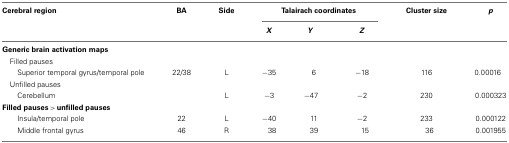
<table><thead><tr><td><b>Cerebral region</b></td><td><b>BA</b></td><td><b>Side</b></td><td colspan="3"><b>Talairach coordinates</b></td><td><b>Cluster size</b></td><td><b><i>p</i></b></td></tr><tr><td></td><td></td><td></td><td><b><i>X</i></b></td><td><b><i>Y</i></b></td><td><b><i>Z</i></b></td><td></td></tr></thead><tbody><tr><td><b>Generic brain activation maps</b></td></tr><tr><td> Filled pauses</td></tr><tr><td>Superior temporal gyrus/temporal pole</td><td>22/38</td><td>L</td><td>−35</td><td>6</td><td>−18</td><td>116</td><td>0.00016</td></tr><tr><td> Unfilled pauses</td></tr><tr><td>Cerebellum</td><td></td><td>L</td><td>−3</td><td>−47</td><td>−2</td><td>230</td><td>0.000323</td></tr><tr><td><b>Filled pauses &gt; unfilled pauses</b></td></tr><tr><td>Insula/temporal pole</td><td>22</td><td>L</td><td>−40</td><td>11</td><td>−2</td><td>233</td><td>0.000122</td></tr><tr><td>Middle frontal gyrus</td><td>46</td><td>R</td><td>38</td><td>39</td><td>15</td><td>36</td><td>0.001955</td></tr></tbody></table>